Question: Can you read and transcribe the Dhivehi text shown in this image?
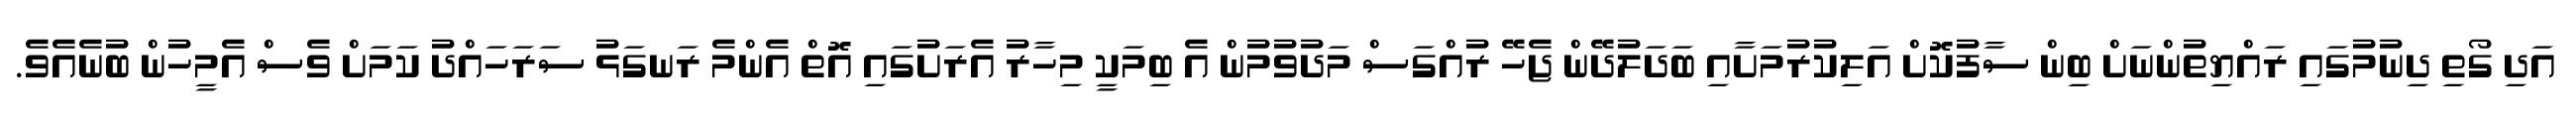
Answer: އަދި ގޯތި ދިނުމުގައި ރައްޔިތުންނަށް ބިން ސާފުކޮށް އަލިކުރުމަށާއި ބަދަލުދޭން ޖެހޭ ރުއްގަސް މަދުވުމުން އެ ބިމަކީ މިހާރު އެރަށުގައި އޮތް އެންމެ ރަނގަޅު ސަރަހައްދު ކަމަށް ވެސް އެމީހުން ބުނެއެވެ.